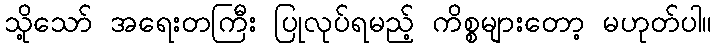
သို့သော် အရေးတကြီး ပြုလုပ်ရမည့် ကိစ္စများတော့ မဟုတ်ပါ။